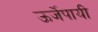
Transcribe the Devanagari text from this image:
ऊर्जेपायी